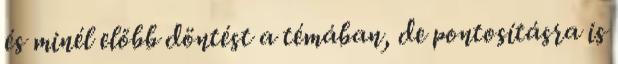
és minél előbb döntést a témában, de pontosításra is